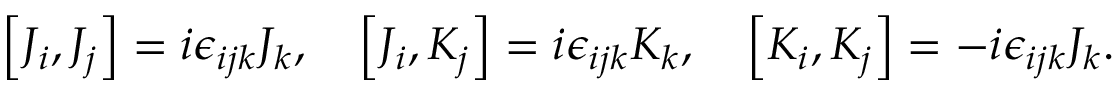
\left[ J _ { i } , J _ { j } \right] = i \epsilon _ { i j k } J _ { k } , \quad \left[ J _ { i } , K _ { j } \right] = i \epsilon _ { i j k } K _ { k } , \quad \left[ K _ { i } , K _ { j } \right] = - i \epsilon _ { i j k } J _ { k } .